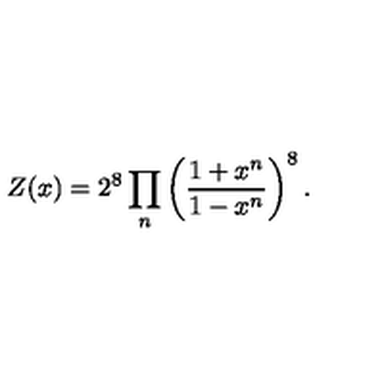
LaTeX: Z ( x ) = 2 ^ { 8 } \prod _ { n } \left( \frac { 1 + x ^ { n } } { 1 - x ^ { n } } \right) ^ { 8 } .